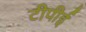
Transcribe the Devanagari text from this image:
टीपीई